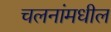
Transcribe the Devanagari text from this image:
चलनांमधील